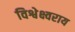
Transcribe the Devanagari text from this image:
विश्वेक्ष्वराय